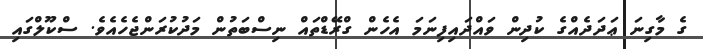
ގެ މާގިނަ ޢަދަދެއްގެ ކުދިން ވައްދައިފިނަމަ އެހެން ގްރޭޑްތައް ނިސްބަތުން މަދުކުރަންޖެހެއެވެ. ސްކޫލްގައި